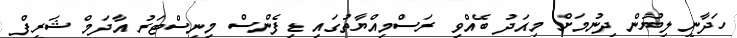
ހަދާނީ ލިޔުން ދިނުމަށް މިއަދު ބޭއްވި ރަސްމިއްޔާތުގައި ޑިފެންސް މިނިސްޓަރު އާދަމް ޝަރީފް